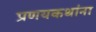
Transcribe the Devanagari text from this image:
प्रणयकथांना